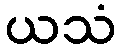
ယသံ